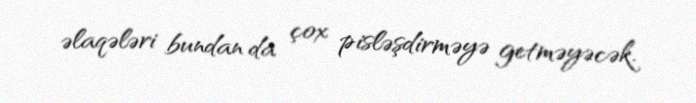
əlaqələri bundan da çox pisləşdirməyə getməyəcək.